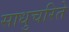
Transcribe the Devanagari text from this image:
साधुचरिते